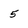
Character: 5